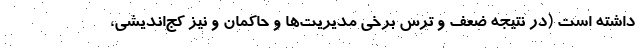
داشته است (در نتیجه ضعف و ترس برخی مدیریت‌ها و حاکمان و نیز کج‌اندیشی،